65_HS1-834228961_62-HQ-83894_Section_3
Agency: FBI
Page 9
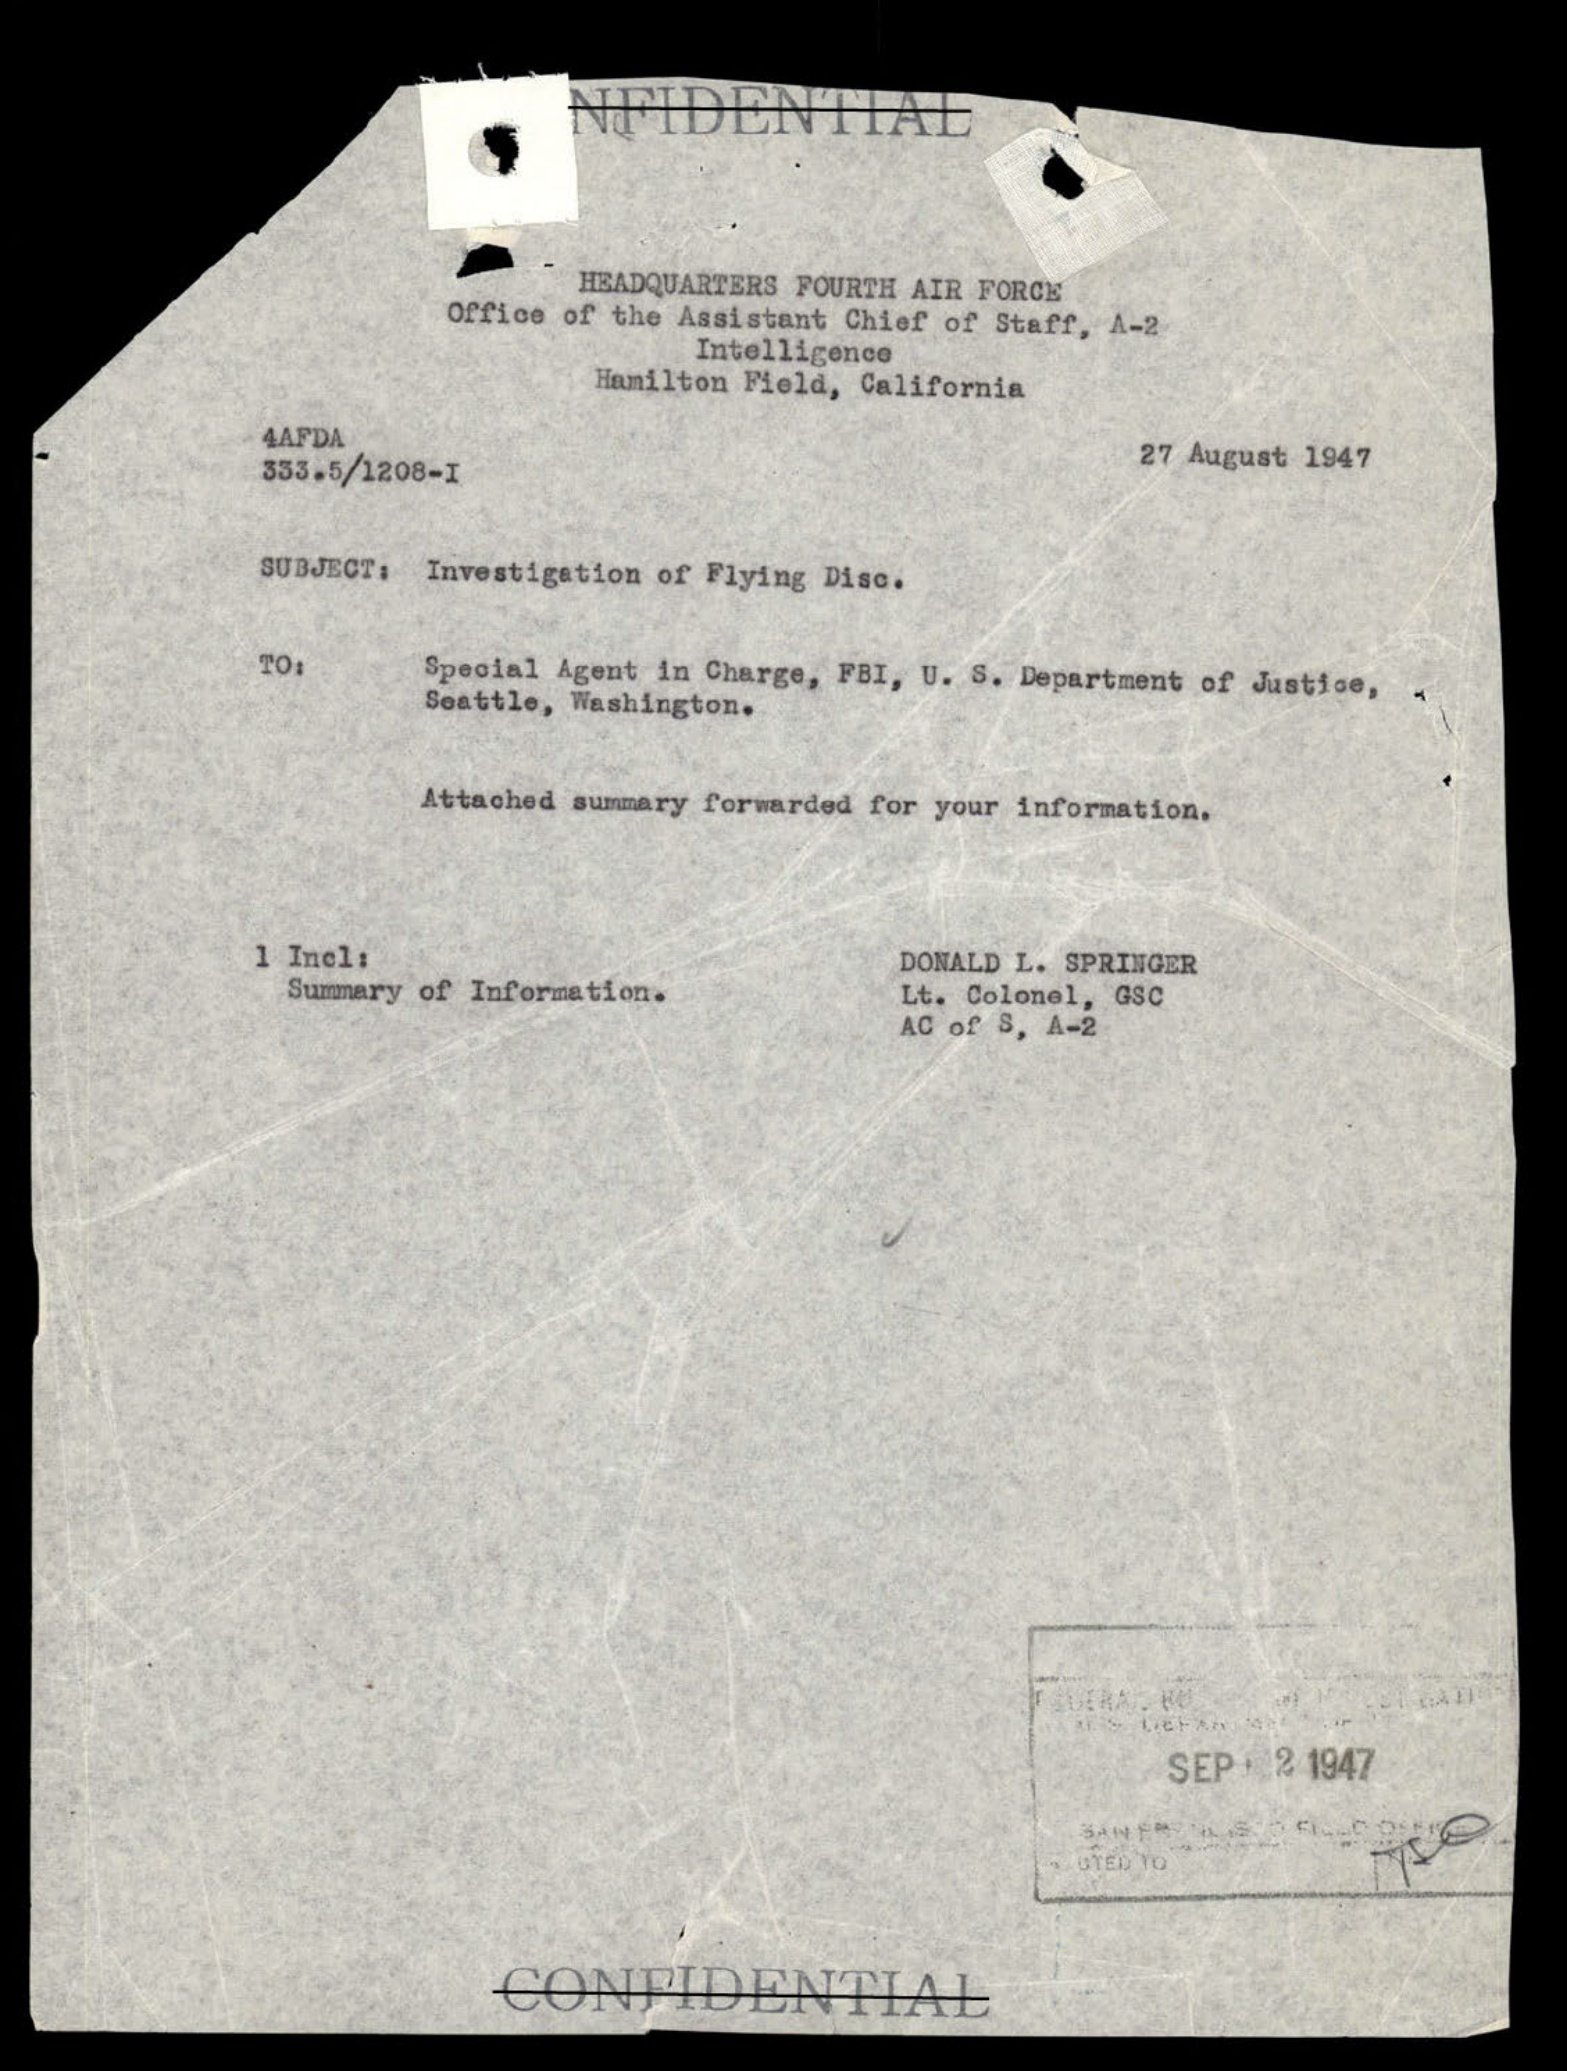